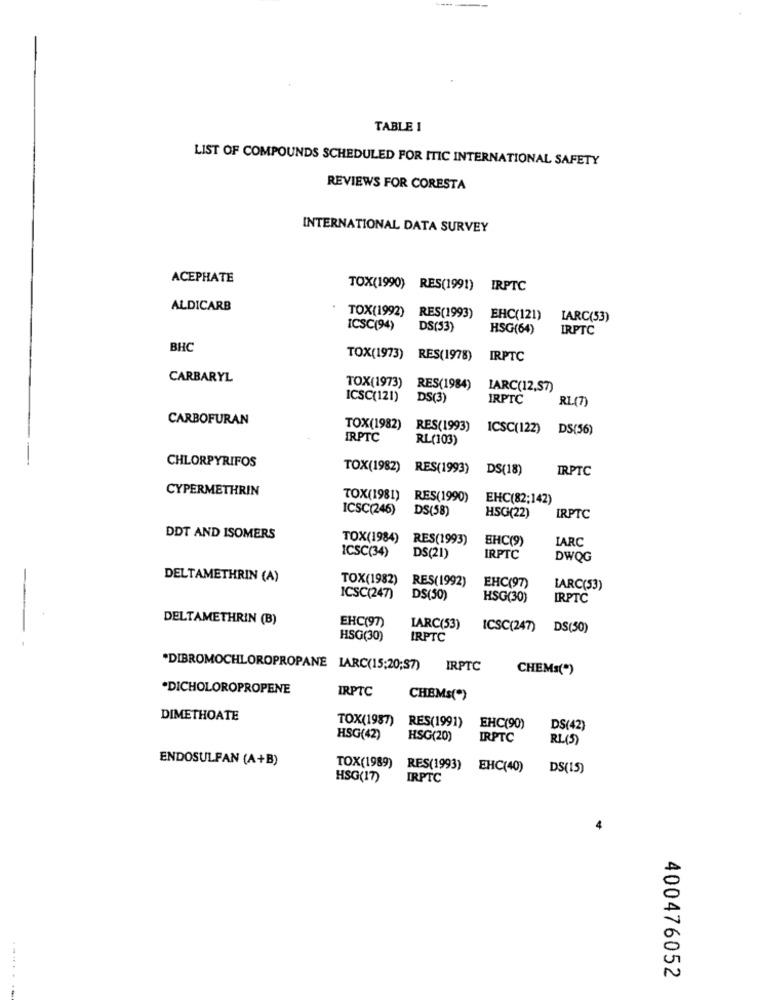
TABLE 1
LIST OF COMPOUNDS SCHEDULED FOR ITIC INTERNATIONAL SAFETY
REVIEWS FOR CORESTA
INTERNATIONAL DATA SURVEY
ACEPHATE
TOX(1990)
RES(1991) IRPTC
ALDICARB
TOX(1992)
RES(1993)
EHC(121)
IARC(53)
ICSC(94)
DS(53)
HSG(64)
IRPTC
BHC
TOX(1973) RES(1978)
IRPTC
CARBARYL
TOX(1973)
RES(1984)
IARC(12,57)
ICSC(121)
DS(3
IRPTC
RL(7)
CARBOFURAN
TOX(1982)
RES(1993) ICSC(122)
DS(56)
IRPTC
RL(103)
CHLORPYRIFOS
TOX(1982)
RES(1993)
DS(18)
IRPTC
CYPERMETHRIN
TOX(1981)
RES(1990)
EHC(82;142)
ICSC(246)
DS(58)
HSG(22)
IRPTC
DDT AND ISOMERS
TOX(1984) RES(1993)
EHC(9)
IARC
ICSC(34)
DS(21)
IRPTC
DWQG
DELTAMETHRIN (A)
TOX(1982)
RES(1992)
EHC(97)
LARC(53)
ICSC(247)
DS(50)
HSG(30)
IRPTC
DELTAMETHRIN (B)
EHC(97)
IARC(53)
ICSC(247) DS(50)
-
HSG(30)
IRPTC
*DIBROMOCHLOROPROPANE IARC(15:20;37)
IRPTC
CHEMs(*)
*DICHOLOROPROPENE
IRPTC
CHEMs(*)
DIMETHOATE
TOX(1987)
RES(1991)
EHC(90)
DS(42)
HSG(42)
HSG(20)
IRPTC
RL(5)
ENDOSULFAN (A+B)
TOX(1989) RES(1993)
EHC(40)
DS(15)
HSG(17)
IRPTC
400476052
.......